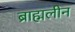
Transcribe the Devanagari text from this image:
ब्राह्मलीन